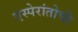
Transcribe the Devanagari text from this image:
एस्पेरांतोची